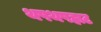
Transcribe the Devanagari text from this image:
थपथपहाट